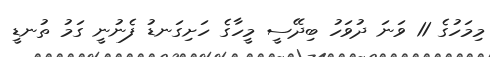
މިމަހުގެ 11 ވަނަ ދުވަހު ބިދޭސީ މީހާގެ ހަށިގަނޑު ފެނުނީ ގަމު ތުނޑީ